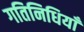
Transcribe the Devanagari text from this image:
गतिनिधियाँ